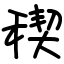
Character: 稧